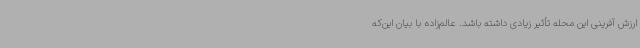
ارزش‌ آفرینی این محله تأثیر زیادی داشته باشد. عالم‌زاده با بیان این‌که